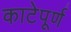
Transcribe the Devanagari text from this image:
काटेपूर्ण